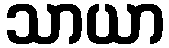
သာယာ